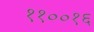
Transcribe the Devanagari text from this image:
११००१६